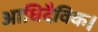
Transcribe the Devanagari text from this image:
आधिदैविक।